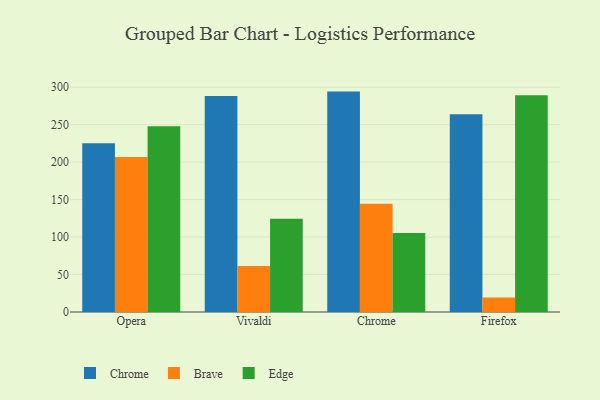
{"axis": {"x": "Browser", "y": "Page Views"}, "legend": ["Brave", "Chrome", "Edge"], "data": [{"x": "Opera", "y": 225.2, "type": "Chrome"}, {"x": "Opera", "y": 206.8, "type": "Brave"}, {"x": "Opera", "y": 247.9, "type": "Edge"}, {"x": "Vivaldi", "y": 288.2, "type": "Chrome"}, {"x": "Vivaldi", "y": 61.3, "type": "Brave"}, {"x": "Vivaldi", "y": 124.5, "type": "Edge"}, {"x": "Chrome", "y": 294.1, "type": "Chrome"}, {"x": "Chrome", "y": 144.6, "type": "Brave"}, {"x": "Chrome", "y": 105.4, "type": "Edge"}, {"x": "Firefox", "y": 263.8, "type": "Chrome"}, {"x": "Firefox", "y": 19.2, "type": "Brave"}, {"x": "Firefox", "y": 289.3, "type": "Edge"}]}